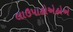
લાઉપાહોએહોએ